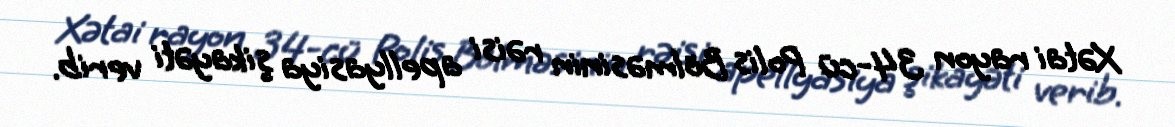
Xətai rayon 34-cü Polis Bölməsinin rəisi apellyasiya şikayəti verib.